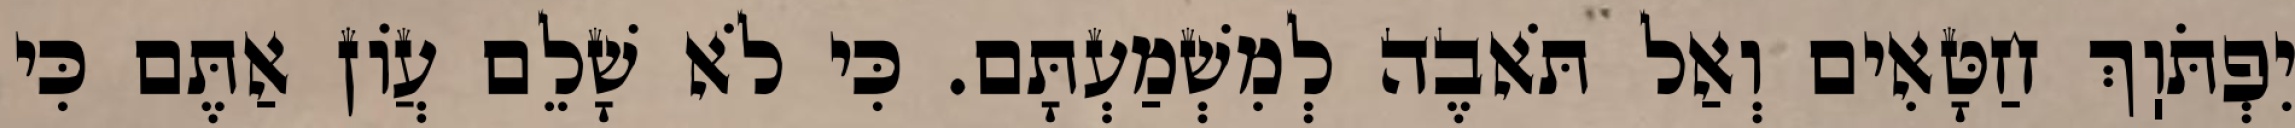
יִפְתֹּוֽךְ חַטָּאִים וְאַל תֹּאבֶה לְמִשְׁמַעְתָּם. כִּי לֹא שָׁלֵם עֲוֹן אַתֶּם כִּי